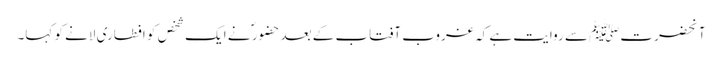
آنحضرتﷺ سے روایت ہے کہ غروب آفتاب کے بعد حضور ؐ نے ایک شخص کو افطاری لانے کو کہا۔